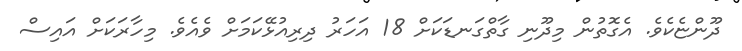
ދޫންޏެކެވެ. އެގޮތުން މިދޫނި ގާތްގަނޑަކަށް 18 އަހަރު ދިރިއުޅޭކަމަށް ވެއެވެ. މިހާރަކަށް އައިސް